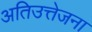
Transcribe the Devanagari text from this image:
अतिउत्तेजना